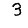
Digit: 3